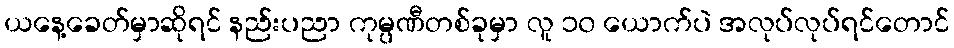
ယနေ့ခေတ်မှာဆိုရင် နည်းပညာ ကုမ္ပဏီတစ်ခုမှာ လူ ၁၀ ယောက်ပဲ အလုပ်လုပ်ရင်တောင်